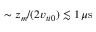
\sim \ensuremath { z _ { m } } / ( 2 v _ { t i 0 } ) \lesssim 1 \, \mu \mathrm { s }